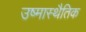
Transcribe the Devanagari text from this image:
उष्मास्थैतिक